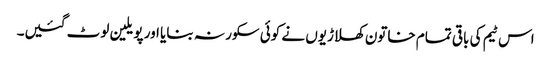
اس ٹیم کی باقی تمام خاتون کھلاڑیوں نے کوئی سکور نہ بنایا اور پویلین لوٹ گئیں۔